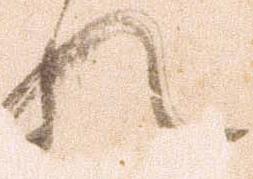
れ